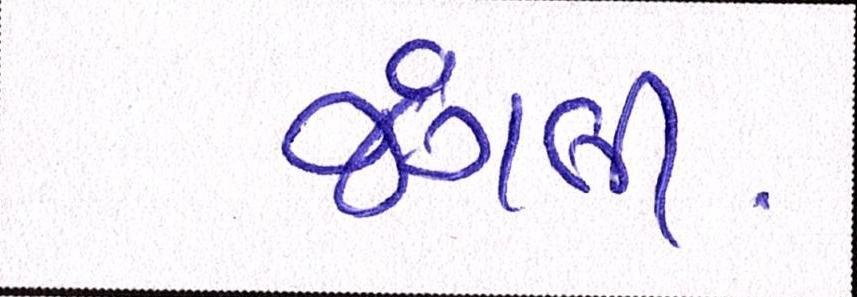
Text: જંગલી